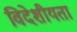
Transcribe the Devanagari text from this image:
विदेशीयता